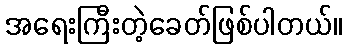
အရေးကြီးတဲ့ခေတ်ဖြစ်ပါတယ်။